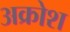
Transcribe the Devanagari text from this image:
अक्रोश